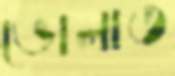
ভোলাত